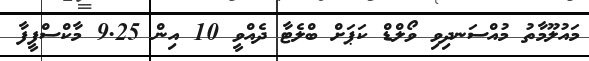
މައުލޫމާތު މުއްސަނދިވި ވޯލްޑް ކަޕަށް ބްލެޓާ ދެއްވީ 10 އިން 9.25 މާކްސްފީފާ